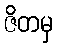
ဇိတမှ